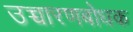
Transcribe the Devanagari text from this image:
उच्चारणबोधक